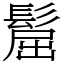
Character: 𩭪